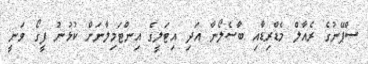
ސްޕޭނުގެ ރެއާލް މެޑްރިޑާއި ބާސެލޯނާ އަދި އިޓަލީގެ އިންޓަމިލާނަށް ކުޅުނު ފީގޯ ވަނީ